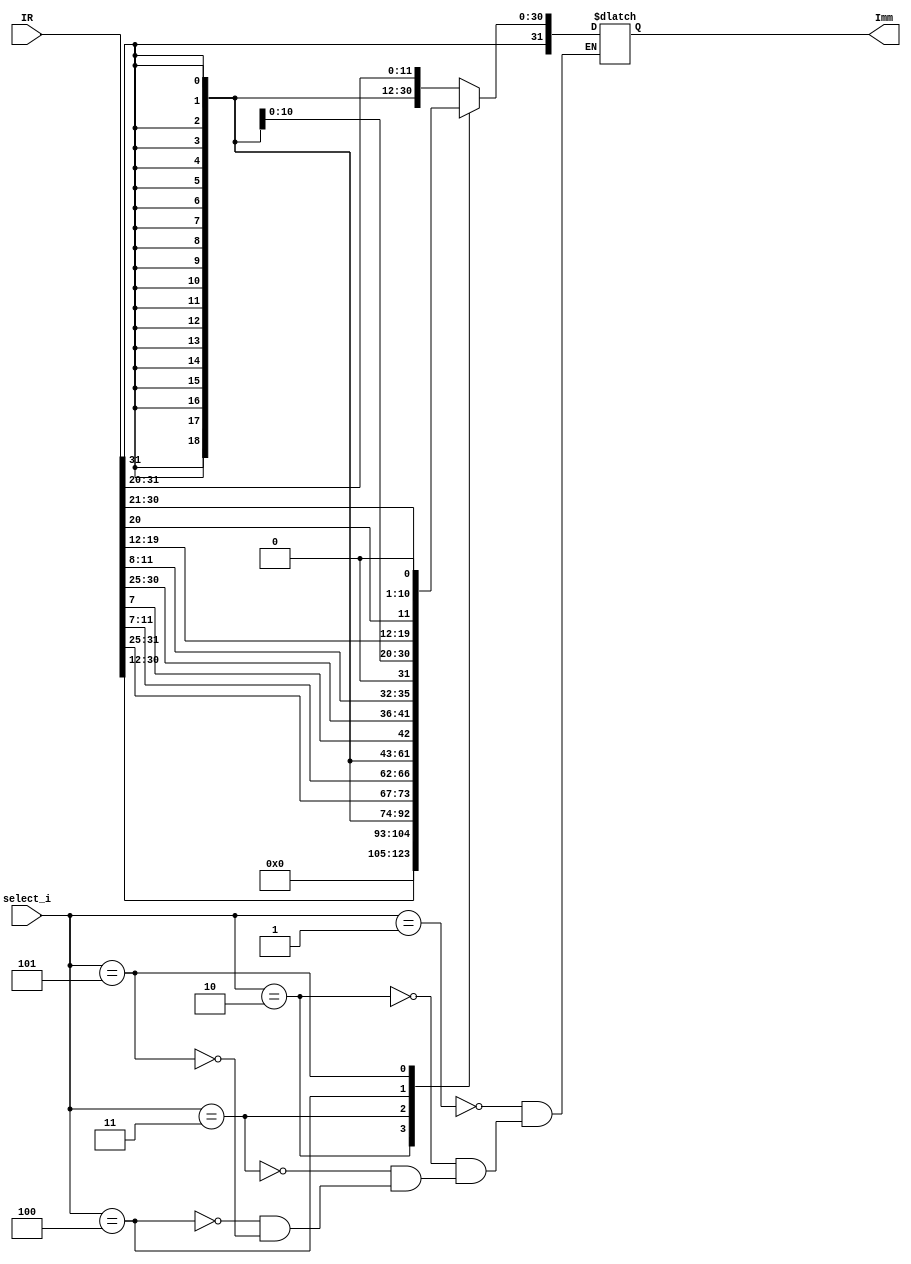
module imm_gen (
    input       [31:0] IR,
    input       [2:0]  select_i,
    output reg  [31:0] Imm
);

//Gelen buyruun immediate blmlerini ayrmak iin yapld.
    wire [11:0] imm_11_0    = IR[31:20];
    wire [19:0] imm_31_12   = IR[31:12];
    wire [4:0]  imm_4_0     = IR[11:7];
    wire [6:0]  imm_11_5    = IR[31:25];
    wire        imm_11_B    = IR[7];
    wire [3:0]  imm_4_1     = IR[11:8];
    wire [5:0]  imm_10_5    = IR[30:25];
    wire        imm_12      = IR[31];
    wire [7:0]  imm_19_12   = IR[19:12];
    wire        imm_11_J    = IR[20];
    wire [9:0]  imm_10_1    = IR[30:21];
    wire        imm_20      = IR[31];

    
    wire signed [31:0] imm_I  = { {32{imm_11_0[11]}}, imm_11_0 };                     // I tipi iin anlk deer geniletme.
    wire signed [31:0] imm_U  = { {32{imm_31_12[19]}}, imm_31_12, 12'h000 };          // U tipi iin anlk deer geniletme.
    wire signed [31:0] imm_B  = { {32{imm_12}}, imm_11_B, imm_10_5, imm_4_1, 1'b0 };  // B tipi iin anlk deer geniletme.
    wire signed [31:0] imm_S  = { {32{imm_11_5[6]}}, imm_11_5, imm_4_0 };             // S tipi iin anlk deer geniletme.
    wire signed [31:0] imm_J =  { {32{imm_20}}, imm_19_12, imm_11_J, imm_10_1, 1'b0 };// J tipi iin anlk deer geniletme.

    initial begin
        Imm <= 0;
    end
    
    always @(*) begin
        case (select_i)// Seilen duruma gre istenilen buyruk dar kartlr.
            3'b001: Imm = imm_I;
            3'b010: Imm = imm_U;
            3'b011: Imm = imm_S;
            3'b100: Imm = imm_B;
            3'b101: Imm = imm_J;
        endcase
    end
    
endmodule